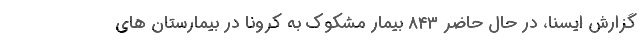
گزارش ایسنا، در حال حاضر ۸۴۳ بیمار مشکوک به کرونا در بیمارستان های